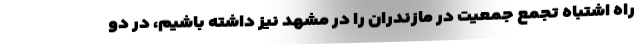
راه اشتباه تجمع جمعیت در مازندران را در مشهد نیز داشته باشیم، در دو